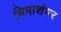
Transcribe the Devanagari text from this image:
भिमाशंभर